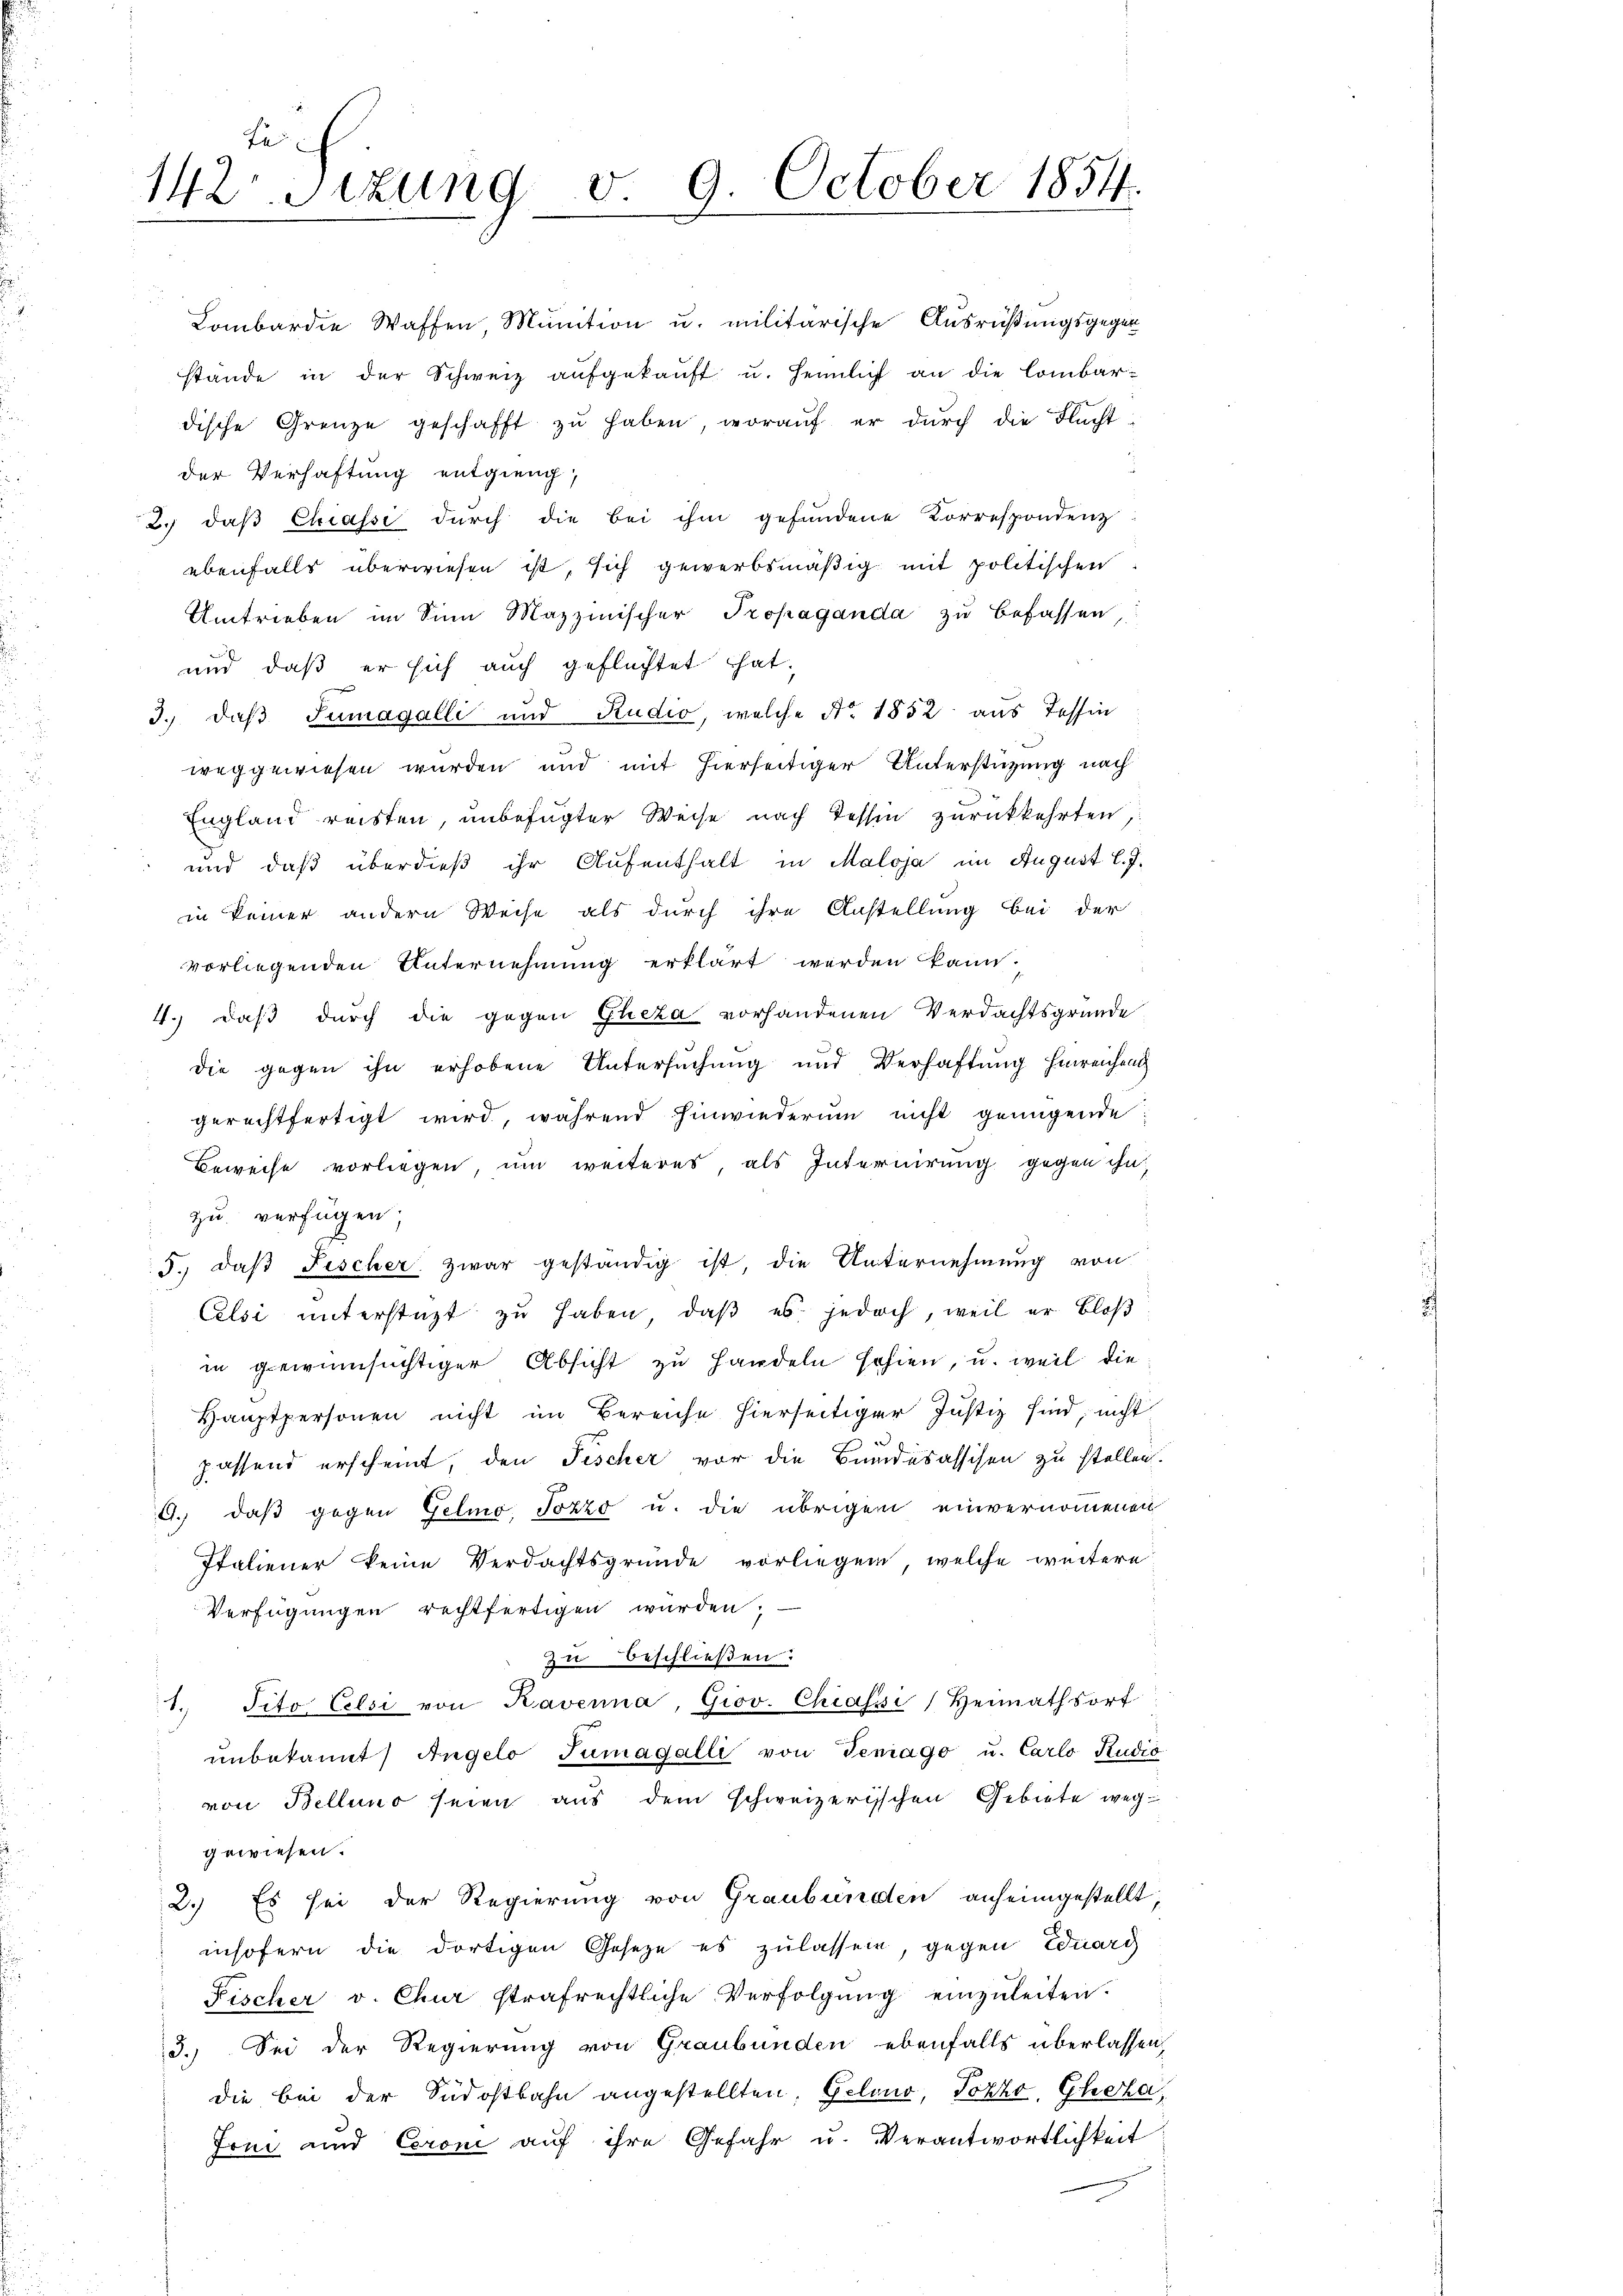
Le
142. Sizung v. 9. October 1854.

Lombardie Waffen, Munition u. militärische Ausrüßungsgegen
stande in der Schweiz aŭfgekaŭft u. heimlich an die Combardische Grenze geschafft zŭ haben, woraŭf er dŭrch die Flacht-
der Verhaftung entgieng,
2. daβ Chiafsi durch die bei ihm gefundene Korrespondenz
ebenfalls überwiesen ist, sich gewerbsmäßig mit politischen
Umtrieben im Sinn Mazzinischer Propaganda zu befassen
und daß er sich auch geflüchtet hat.
3.) daß Tumagalli und Rudio, welche No. 1852 aus Tessin
weggewiesen wurden und mit hierseitiger Unterstützung nach
England reisten, unbefugter Weise nach Tessin zurückkehrten,
und daß überdieß ihr Aufenthalt in Maloja im August l.J.
in keiner andern Weise als durch ihre Anstellung bei der
vorliegenden Unternehmung erklärt werden kann.
4.) daß durch die gegen Glieza vorhandenen Verdachtsgründe
die gegen ihn erhobene Untersuchung und Verhaftung hinreichen
gerechtfertigt wird, während hinwiederum nicht genügende
Beweise vorliegen, um weiteres, als Internirung gegen ihn,
zu verfügen;
5., daß Fischer zwar geständig ist, die Unternehmung von
Celsi unterstatt zu haben, daß es jedoch, weil er bloß
in gewinnsüchtiger Absicht zu Handeln sohien, u. weil die
Hauptpersonen nicht im Bereiche hierseitiger Justiz sind, nicht
passend erscheint, den Fischer vor die Bundesassisen zu stellen.
G. daß gegen Gelio, Pozzo u. die übrigen einvernommenen
Italiener keine Verdachtsgründe vorliegen, welche weitere
Verfügungen rechtfertigen wurden.
zu beschließen:
1. Tito Celsi von Kaverna, Giov. Chiassi, Heimathsort
ŭnbekannt Angelo Tumagalli von Temago u. Carlo Rudio
von Bellino seien aus dem schweizerischen Gebiete weggewiesen.
2. Es sei der Regierung von Graubünden anheimgestellt
insofern die dortigen Geseze es zulassen, gegen Eduarg
Fischer v. Chur strafrechtliche Verfolgŭng einzŭleiten.
5. Sei der Regierung von Graubünden ebenfalls überlassen,
die bei der Südostbahn angestellten, Geleno, Pozzo, Choha,
Joni und Ceroni auf ihre Gefahr u. Verantwortlichkeit